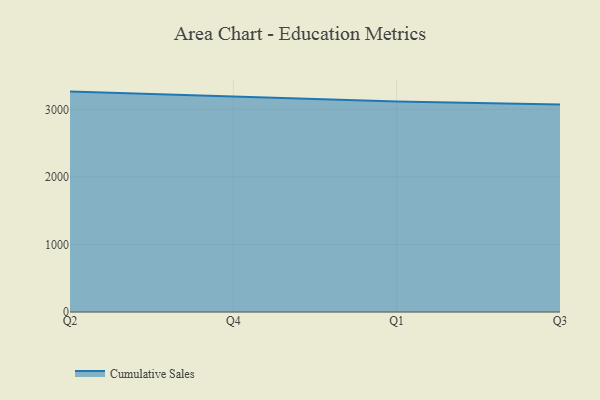
{"axis": {"x": "Quarter", "y": "Bounce Rate (%)"}, "legend": ["Cumulative Sales"], "data": [{"x": "Q2", "y": 3262.1, "type": "Cumulative Sales"}, {"x": "Q4", "y": 3192.7, "type": "Cumulative Sales"}, {"x": "Q1", "y": 3116.5, "type": "Cumulative Sales"}, {"x": "Q3", "y": 3072.4, "type": "Cumulative Sales"}]}